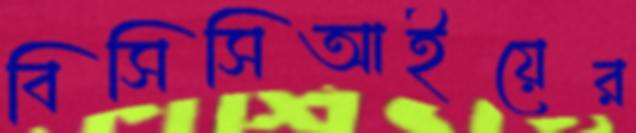
বিসিসিআইয়ের